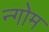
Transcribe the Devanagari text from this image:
न्गोम